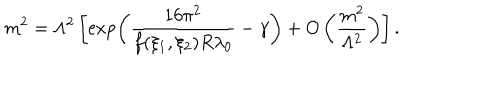
m ^ { 2 } = \Lambda ^ { 2 } \left[ \exp \left( \frac { 1 6 \pi ^ { 2 } } { f ( \xi _ { 1 } , \xi _ { 2 } ) R \lambda _ { 0 } } - \gamma \right) + O \left( \frac { m ^ { 2 } } { \Lambda ^ { 2 } } \right) \right] .